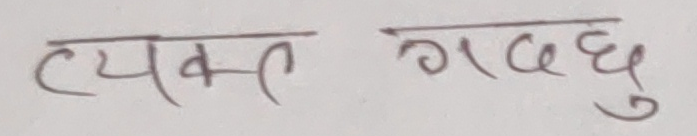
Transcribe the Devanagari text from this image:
व्यक्त गदछु